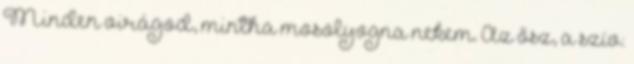
Minden virágod, mintha mosolyogna nekem. Az ősz, a szív: